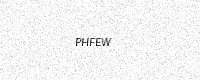
Text: PHFEW